Report of the Indian Hemp Drugs Commission, 1894-1895 - Volume II
Year: 1894
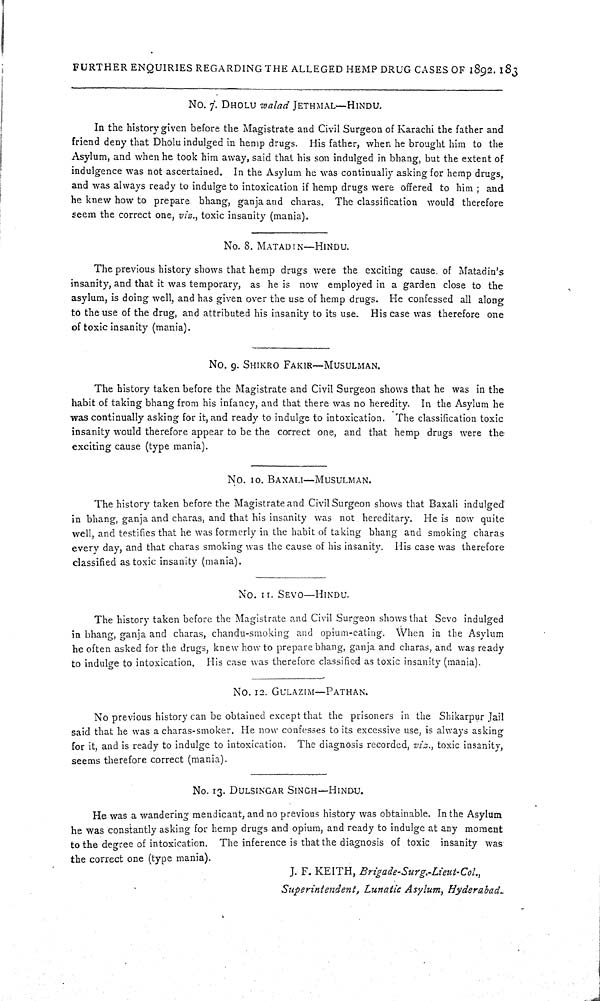
FURTHER ENQUIRIES REGARDING THE ALLEGED HEMP DRUG CASES OF 1892. 183
NO. 7. DHOLU walad JETHMAL—HINDU.
In the history given before the Magistrate and Civil Surgeon of Karachi the father and
friend deny that Dholu indulged in hemp drugs. His father, when he brought him to the
Asylum, and when he took him away, said that his son indulged in bhang, but the extent of
indulgence was not ascertained. In the Asylum he was continually asking for hemp drugs,
and was always ready to indulge to intoxication if hemp drugs were offered to him; and
he knew how to prepare bhang, ganja and charas. The classification would therefore
seem the correct one, viz., toxic insanity (mania).
No. 8. MATADIN—HINDU.
The previous history shows that hemp drugs were the exciting cause of Matadin's
insanity, and that it was temporary, as he is now employed in a garden close to the
asylum, is doing well, and has given over the use of hemp drugs. He confessed all along
to the use of the drug, and attributed his insanity to its use. His case was therefore one
of toxic insanity (mania).
No. 9. SHIKRO FAKIR—MUSULMAN.
The history taken before the Magistrate and Civil Surgeon shows that he was in the
habit of taking bhang from his infancy, and that there was no heredity. In the Asylum he
was continually asking for it, and ready to indulge to intoxication. The classification toxic
insanity would therefore appear to be the correct one, and that hemp drugs were the
exciting cause (type mania).
No. 10. BAXALI—MUSULMAN.
The history taken before the Magistrate and Civil Surgeon shows that Baxali indulged
in bhang, ganja and charas, and that his insanity was not hereditary. He is now quite
well, and testifies that he was formerly in the habit of taking bhang and smoking charas
every day, and that charas smoking was the cause of his insanity. His case was therefore
classified as toxic insanity (mania).
No. 11. SEVO—HINDU.
The history taken before the Magistrate and Civil Surgeon shows that Sevo indulged
in bhang, ganja and charas, chandu-smoking and opium-eating. When in the Asylum
he often asked for the drugs, knew how to prepare bhang, ganja and charas, and was ready
to indulge to intoxication. His case was therefore classified as toxic insanity (mania).
No. 12. GULAZIM—PATHAN.
No previous history can be obtained except that the prisoners in the Shikarpur Jail
said that he was a charas-smoker. He now confesses to its excessive use, is always asking
for it, and is ready to indulge to intoxication. The diagnosis recorded, viz., toxic insanity,
seems therefore correct (mania).
No. 13. DULSINGAR SINGH—HINDU.
He was a wandering mendicant, and no previous history was obtainable. In the Asylum
he was constantly asking for hemp drugs and opium, and ready to indulge at any moment
to the degree of intoxication. The inference is that the diagnosis of toxic insanity was
the correct one (type mania).
J. F. KEITH, Brigade-Surg.-Lieut-Col.,
Superintendent, Lunatic Asylum, Hyderabad.